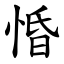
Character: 惛